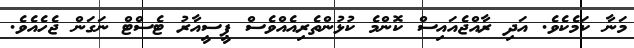
މަނާ ކަމެކެވެ. އަދި ރާއްޖެއައިސް ކޮންމެ ކުޅުންތެރިއެއްވެސް ޕީސީއާރު ޓެސްޓް ނަގަން ޖެހެއެވެ.